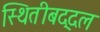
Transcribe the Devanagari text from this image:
स्थितीबद्दल